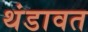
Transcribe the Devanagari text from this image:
थंडावत